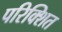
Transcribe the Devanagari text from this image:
परिक्शित